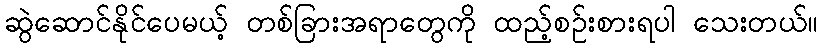
ဆွဲဆောင်နိုင်ပေမယ့် တစ်ခြားအရာတွေကို ထည့်စဉ်းစားရပါ သေးတယ်။